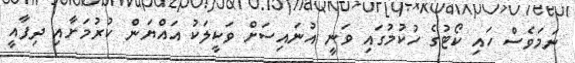
ނަމަވެސް ހައި ކޯޓުގެ ހުކުމުގައި ވަނީ އުނައިސަށް ވަކީލަކު އައްޔަން ކުރުމަށާއި ދިފާއީ